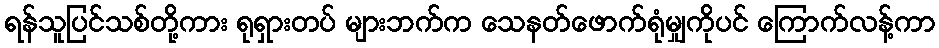
ရန်သူပြင်သစ်တို့ကား ရုရှားတပ် များဘက်က သေနတ်ဖောက်ရုံမျှကိုပင် ကြောက်လန့်ကာ